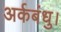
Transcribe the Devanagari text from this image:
अर्कबंधु।